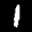
Label: 1